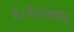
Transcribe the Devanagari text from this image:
है।हैदराबाद